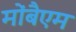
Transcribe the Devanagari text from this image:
मोंबैएम